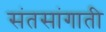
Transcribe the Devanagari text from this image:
संतसांगाती